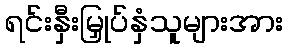
ရင်းနှီးမြှုပ်နှံသူများအား